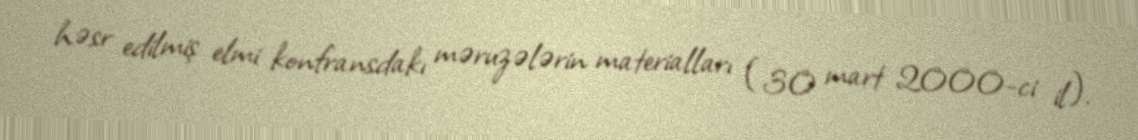
həsr edilmiş elmi konfransdakı məruzələrin materialları (30 mart 2000-ci il).